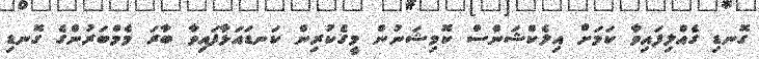
ގޮނޑި ގެއްލިފައިވާ ކަމަށް އިލެކްޝަންސް ކޮމިޝަނުން މީގެކުރިން ކަނޑައަޅާފައިވާ ބާރަ މެމްބަރުންގެ ގޮނޑި